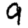
Digit: 9